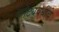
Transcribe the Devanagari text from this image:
कोट्यवधींचे